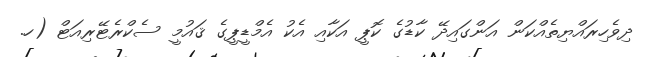
ދިވެހިރައްޔިތެއްކަން އަންގައިދޭ ކާޑުގެ ކޮޕީ އަކާއި އެކު އެމްޑީޕީގެ ޤައުމީ ސެކްރެޓޭރިއަޓް (ހ.